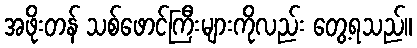
အဖိုးတန် သစ်ဖောင်ကြီးများကိုလည်း တွေ့ရသည်။